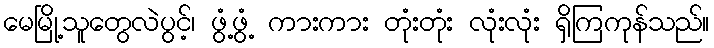
မေမြို့သူတွေလဲပွင့်၊ ဖွံ့ဖွံ့ ကားကား တုံးတုံး လုံးလုံး ရှိကြကုန်သည်။